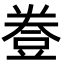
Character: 𧯦